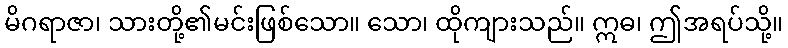
မိဂရာဇာ၊ သားတို့၏မင်းဖြစ်သော။ သော၊ ထိုကျားသည်။ ဣဓ၊ ဤအရပ်သို့။